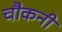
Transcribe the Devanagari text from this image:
चौकनी